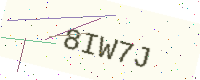
Text: 8IW7J